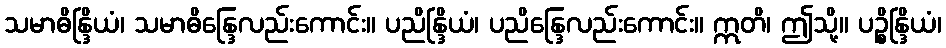
သမာဓိန္ဒြိယံ၊ သမာဓိန္ဒြေလည်းကောင်း။ ပညိန္ဒြိယံ၊ ပညိန္ဒြေလည်းကောင်း။ ဣတိ၊ ဤသို့။ ပဉ္စိန္ဒြိယံ၊